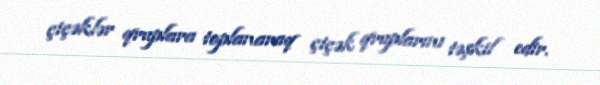
çiçəklər qruplara toplanaraq çiçək qruplarını təşkil edir.